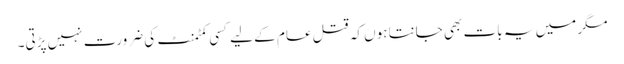
مگر میں یہ بات بھی جانتا ہوں کہ قتل عام کے لیے کسی کمٹمنٹ کی ضرورت نہیں پڑتی۔